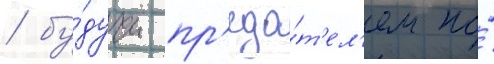
/ бу́дучи пр'еда́т'ел'ем по́